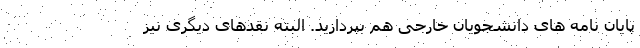
پایان نامه های دانشجویان خارجی هم بپردازید. البته نقدهای دیگری نیز